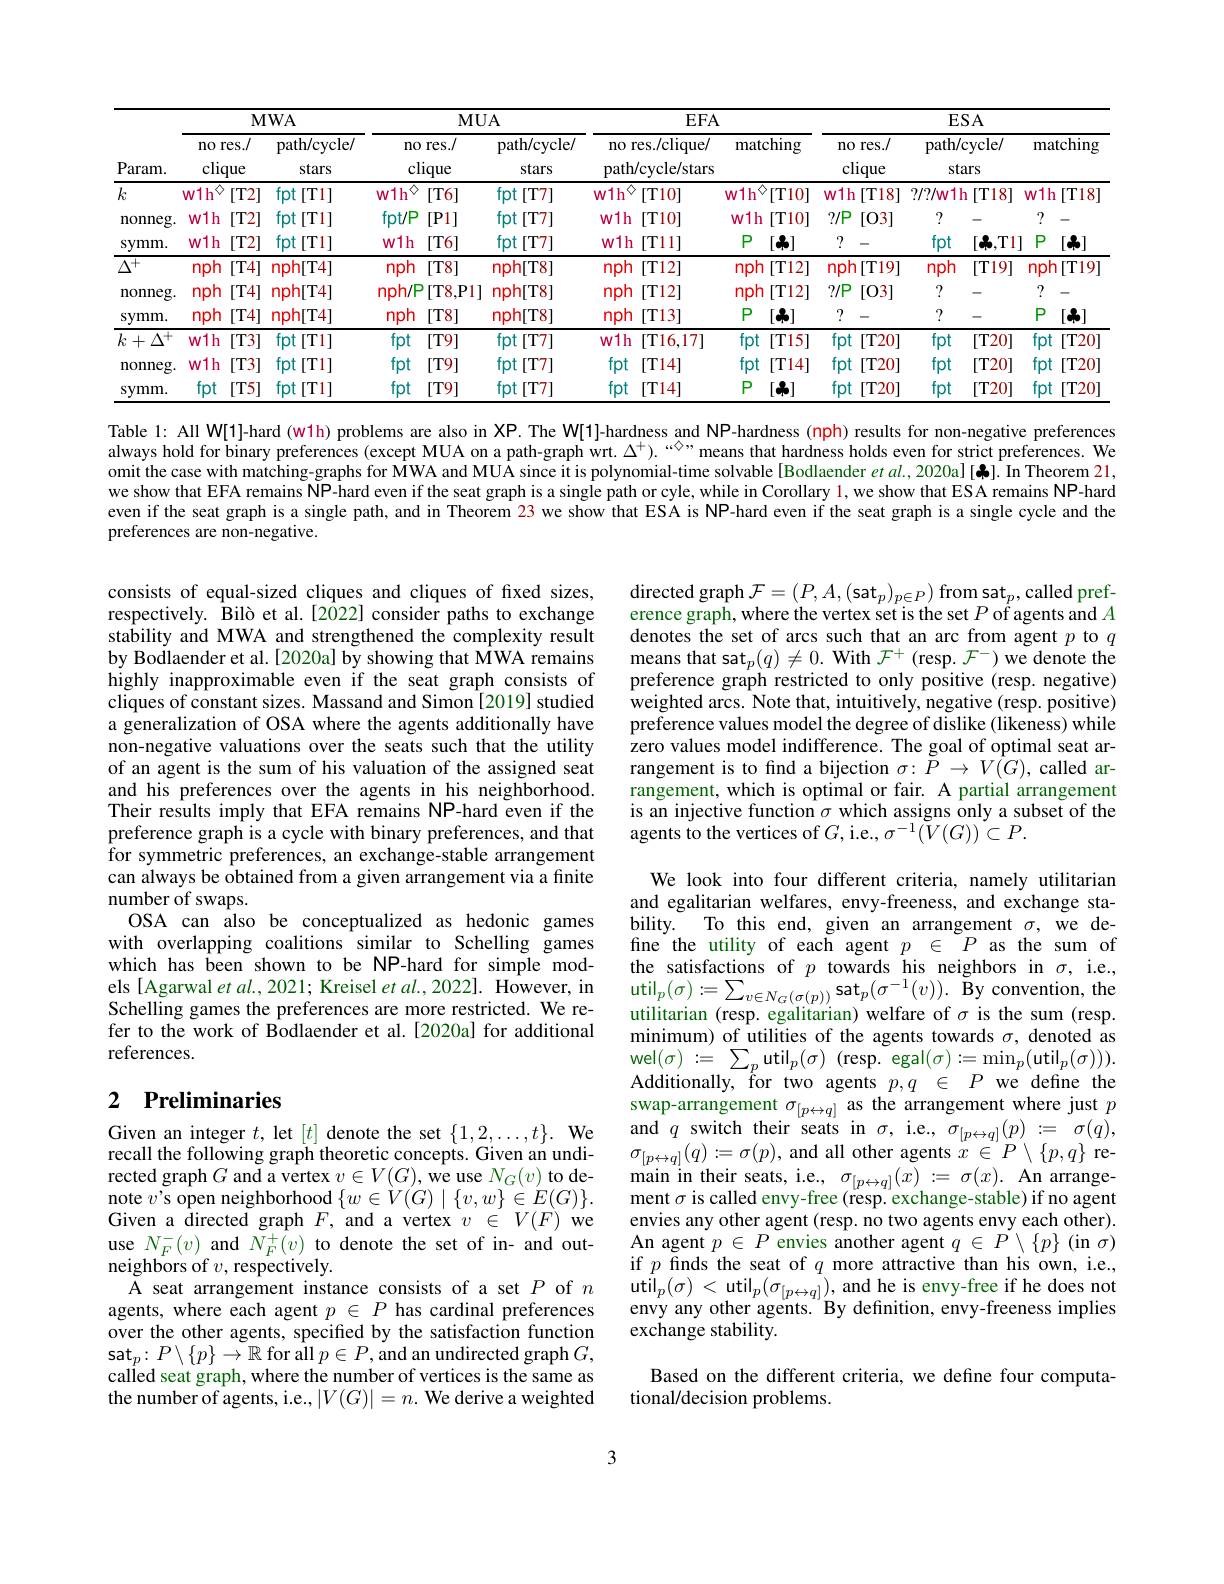
<table>
	<tbody>
		<tr>
			<th rowspan="3">${\mathrm{Param.}}$ $k$</th>
			<th colspan="2">$\mathbf{MWA}$</th>
			<th colspan="2">$\mathbf{MUA}$</th>
			<th colspan="2">$EFA$</th>
			<th colspan="5">ESA</th>
		</tr>
		<tr>
			<th>no res./ clique</th>
			<th>path/cycle/ stars</th>
			<th>no res./ clique</th>
			<th>path/cycle/ stars</th>
			<th>no res./clique/ path/cycle/stars</th>
			<th>${\overline{{\mathrm{matching}}}}$</th>
			<th>no res./ clique</th>
			<th> pat</th>
			<th>h/cycle/ stars</th>
			<th>$mi$</th>
			<th>matching</th>
		</tr>
		<tr>
			<td>w1h $\diamondsuit$ $[T2]$</td>
			<td>fpt [T1]</td>
			<td> w1h $[T6]$</td>
			<td>fpt [T7]</td>
			<td>w1h [T10]</td>
			<td>$v1h$ [T10]</td>
			<td>w1h [T18]</td>
			<td>8] $?/?/\mathfrak{M}$</td>
			<td>$11h$ $[T18$ </td>
			<td>$w11$ </td>
			<td>1h[T18]</td>
		</tr>
		<tr>
			<td>nonneg</td>
			<td>w1h [T2]</td>
			<td>fpt $[T1]$</td>
			<td>$fpt/P$ [P1]</td>
			<td>fpt $[T7]$</td>
			<td>w1h [T10]</td>
			<td>w1h [T10]</td>
			<td>$?/\mathbb{P}$ [03]</td>
			<td>. ?</td>
			<td> </td>
			<td>?</td>
			<td>?</td>
		</tr>
		<tr>
			<td>symm.</td>
			<td>W1h $[T2]$</td>
			<td>fpt $[T1]$ 1 </td>
			<td>w1h $[T6]$</td>
			<td>fpt[ $[T7]$ </td>
			<td>w1h [T11]</td>
			<td>$P$ $[\clubsuit]$</td>
			<td>?</td>
			<td>$fp$</td>
			<td>$[\clubsuit$,T t</td>
			<td>$P$ 1]</td>
			<td>$P$ $[\clubsuit]$</td>
		</tr>
		<tr>
			<td>$\Delta^{+}$</td>
			<td>nph [T4]</td>
			<td>nph[T4]</td>
			<td>nph $[T8]$</td>
			<td>nph[T8]</td>
			<td>nph [T12]</td>
			<td>nph $[T12]$</td>
			<td>nph $1[T19]$</td>
			<td>9] $np$</td>
			<td>$[T19]$ h</td>
			<td>1 npl</td>
			<td>$\mathsf{ph}[T19]$</td>
		</tr>
		<tr>
			<td>nonneg.</td>
			<td>nph [T4]</td>
			<td>nph[T4]</td>
			<td>nph/P [T8,P1</td>
			<td>$\mathsf{nph[T8]}$</td>
			<td>nph [T12]</td>
			<td>nph [T12]</td>
			<td>$?/P$ [03]</td>
			<td>. ?</td>
			<td>-</td>
			<td>?</td>
			<td>?</td>
		</tr>
		<tr>
			<td>symm.</td>
			<td>nph [T4]</td>
			<td>nph[T4]</td>
			<td>nph $[T8]$</td>
			<td>nph[T8]</td>
			<td>nph [T13]</td>
			<td>$P$ $[\clubsuit]$</td>
			<td>?</td>
			<td>?</td>
			<td> </td>
			<td>$P$</td>
			<td>$P$ $[\clubsuit]$</td>
		</tr>
		<tr>
			<td rowspan="3">$k+\Delta^{+}$ nonneg. symm.</td>
			<td>w1h $[T3]$</td>
			<td>fpt $[T1]$</td>
			<td>fpt $[T9]$</td>
			<td>fpt $[T7]$ 11</td>
			<td>w1h [T16,17I</td>
			<td>fpt $[T15]$</td>
			<td>fpt [T20]</td>
			<td>$fp$ 0</td>
			<td>[T20] t</td>
			<td>fpt J</td>
			<td>fpt $[\mathbf{T20}]$ </td>
		</tr>
		<tr>
			<td>w1h $[T3]$</td>
			<td>fpt[T1] 1</td>
			<td>fpt $[T9]$</td>
			<td>fpt[T7] 1</td>
			<td>fpt $[T14]$</td>
			<td>fpt [T14]</td>
			<td>fpt [T20]</td>
			<td>0 fp</td>
			<td>t [T20]</td>
			<td>fpt J</td>
			<td>$fpt[T20]$ </td>
		</tr>
		<tr>
			<td>fpt [T5]</td>
			<td>fpt [T1]</td>
			<td>fpt [T9]</td>
			<td>fpt [T7]</td>
			<td>fpt [T14</td>
			<td>$P$ $[\clubsuit]$</td>
			<td>fpt [T20</td>
			<td>01 fr</td>
			<td>[T20 t</td>
			<td>fpt 1</td>
			<td>fpt [T20</td>
		</tr>
	</tbody>
</table>

Table 1: All W[1]-hard (w1h) problems are also in XP. The W[1]-hardness and NP-hardness (nph) results for non-negative preferences always hold for binary preferences (except MUA on a path-graph wrt. $\Delta^+).$ “◇”means that hardness holds even for strict preferences. We omit the case with matching-graphs for $\bar{\text{MWAandMUAsinceitispolynomial-timesolvable[Bodlaenderetal.,2020a][].InTheorem 21,}}$ we show that EFA remains NP-hard even if the seat graph is a single path or cyle, while in Corollary 1, we show that ESA remains NP-hard even if the seat graph is a single path, and in Theorem 23 we show that ESA is NP-hard even if the seat graph is a single cycle and the preferences are non-negative.

directed graph $\mathcal{F} = ( P, A, ( \mathrm{sat}_p) _{p\in P})$ from sat$_p$,called preference graph, where the vertex set is the set $P$ of agents and $A$ denotes the set of arcs such that an arc from agent $p$ to $q$ means that sat$_p(q)\neq0.$ With $\mathcal{F}^+$ (resp. $\mathcal{F}^-)$ we denote the preference graph restricted to only positive (resp. negative) weighted arcs. Note that, intuitively, negative (resp. positive) preference values model the degree of dislike (likeness) while zero values model indifference. The goal of optimal seat arrangement is to find a bijection $\sigma:\dot{P}\to V(G)$, called arrangement, which is optimal or fair. A partial arrangement is an injective function $\hat\sigma$ which assigns only a subset of the agents to the vertices of $G$,i.e., $\sigma^-1(\tilde{V}(G))\subset P.$

consists of equal-sized cliques and cliques of fixed sizes, respectively. Bilò et al.[2022] consider paths to exchange stability and MWA and strengthened the complexity result by Bodlaender et al.[2020a] by showing that MWA remains highly inapproximable even if the seat graph consists of cliques of constant sizes. Massand and Simon [2019] studied a generalization of OSA where the agents additionally have non-negative valuations over the seats such that the utility of an agent is the sum of his valuation of the assigned seat and his preferences over the agents in his neighborhood. Their results imply that EFA remains NP-hard even if the preference graph is a cycle with binary preferences, and that for symmetric preferences, an exchange-stable arrangement can always be obtained from a given arrangement via a finite number of swaps.
OSA can also be conceptualized as hedonic games with overlapping coalitions similar to Schelling games which has been shown to be NP-hard for simple models [Agarwal et al., 2021; Kreisel et al., 2022]. However, in Schelling games the preferences are more restricted. We refer to the work of Bodlaender et al.[2020a] for additional references.

## 2 Preliminaries

We look into four different criteria, namely utilitarian and egalitarian welfares, envy-freeness, and exchange stability. To this end, given an arrangement $\sigma$, we define the utility of each agent $p$ $\in P$ as the sum of the satisfactions of $p$ towards his neighbors in $\sigma$, i.e., $\mathrm{util}_{p}( \sigma ) : = \sum _{v\in N_{G}( \sigma ( p) ) }\mathrm{sat}_{p}( \sigma ^{- 1}( v) ) .$ By convention, the utilitarian ( resp. egalitarian) welfare of $\sigma$ is the sum ( resp. utilitarian ( resp. egalitarian) welfare of $\sigma$ is the sum ( resp. utilitarian ( resp. egalittarian) welfare o minimum) of utilities of the agents towards $\sigma$, denoted as wel$(\sigma):=\sum_{p}$util$_p(\sigma)$(resp.egal$(\sigma):=\min_p($util$_p(\sigma))).$ Additionally, for two agents $p, q$ $\in$ $P$ we define the swap-arrangement $\sigma_{[p\leftrightarrow q]}$ as the arrangement where just $p$
Given an integer $t$, let $[t]$ denote the set $\{1,2,\ldots,t\}.$ We and $q$ switch their seats in $\sigma$, i.e, $\sigma_[p\leftrightarrow q](p):=\sigma(q)$, recall the fowing graph theoretic concepts. Given an undi- $\sigma_{[p\leftrightarrow q]}(q):=\sigma(p)$, and all other agents $x\in P\setminus\{p,q\}$ re-
$\operatorname*{main}_{\text{in their seats, i.e.,}}_{[p\leftrightarrow q]}(x):=\sigma(x).$An arrangement $\sigma$ is called envy-free (resp. exchange-stable) if no agent envies any other agent (resp. no two agents envy each other). An agent $p\in P$ envies another agent $q\in P\setminus\{p\}$ (in $\sigma)$ if $p$ finds the seat of $q$ more attractive than his own, i.e., $\mathrm{util}_{p}( \sigma )$ < $\mathrm{util}_{p}( \sigma _{[ p\leftrightarrow q] }) $,and he is envy-free if he does not envy any other agents. By definition, envy-freeness implies exchange stability.

rected graph $G$ and a vertex $v\in V(G)$, we use $N_G(v)$ to denote $v$'s open neighborhood $\{w\in\dot{V}(G)\mid\{v,w\}\in E(G)\}.$ Given a directed graph $F$, and a vertex $v\in V(F)$ we use $N_F^-(v)$ and $N_F^+ ( v) \textbf{to denote the set of in- and out- }$ neighbors of $v$,respectively.
K seat arrangement instance consists of a set $P$ of $n$ agents, where each agent $p\in P$ has cardinal preferences over the other agents, specified by the satisfaction function $\operatorname{sat}_p:P\setminus\{p\}\to\mathbb{R}$ for all $p\in P,\operatorname{and}$ an undirected graph $G$, called seat graph, where the number of vertices is the same as the number of agents, i.e., $|V(G)|=n.$ We derive a weighted

Based on the different criteria, we define four computa-
tional/decision problems.

3